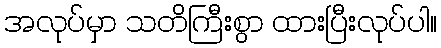
အလုပ်မှာ သတိကြီးစွာ ထားပြီးလုပ်ပါ။